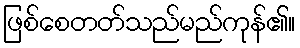
ဖြစ်စေတတ်သည်မည်ကုန်၏။